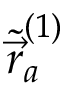
\ensuremath { \widetilde { \vec { r } } } _ { a } ^ { ( 1 ) }